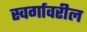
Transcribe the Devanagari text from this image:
स्वर्गावरील